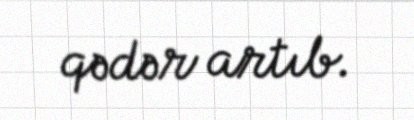
qədər artıb.